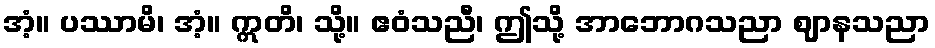
အံ့။ ပဿာမိ၊ အံ့။ ဣတိ၊ သို့။ ဧဝံသညီ၊ ဤသို့ အာဘောဂသညာ ဈာနသညာ